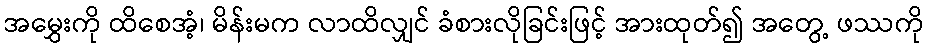
အမွှေးကို ထိစေအံ့၊ မိန်းမက လာထိလျှင် ခံစားလိုခြင်းဖြင့် အားထုတ်၍ အတွေ့ ဖဿကို